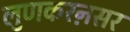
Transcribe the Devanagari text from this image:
लुणकरऩसर